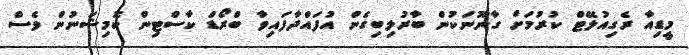
މީޑިއާ ރެގިއުލޭޓް ކުރުމަށް ގާނޫނަކުން ބާރުލިބިގެން އުފައްދާފައިވާ ބްރޯޑް ކާސްޓިން ކޮމިޝަނުން ވެސް